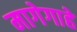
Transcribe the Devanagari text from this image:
मागेगाहे